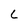
Character: L